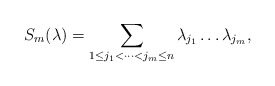
\begin{align*} S_m(\lambda)=\sum\limits_{1\leq j_1<\cdots<j_m\leq n}\lambda_{j_1}\dots\lambda_{j_m},\end{align*}